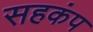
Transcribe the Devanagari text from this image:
सहकंप